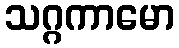
သဂ္ဂကာမော